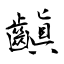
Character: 齻